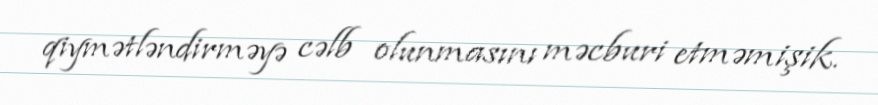
qiymətləndirməyə cəlb olunmasını məcburi etməmişik.